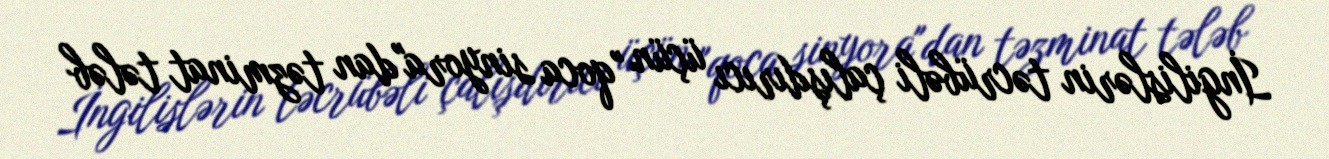
İngilislərin təcrübəli çalışdırıcı üçün "qoca sinyora"dan təzminat tələb